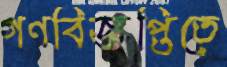
গণবিজ্ঞপ্তিতে